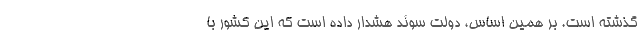
گذشته است. بر همین اساس، دولت سوئد هشدار داده است که این کشور با